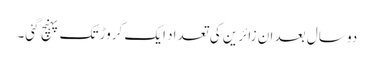
دو سال بعد ان زائرین کی تعداد ایک کروڑ تک پہنچ گئی۔